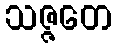
သဇ္ဇတေ